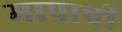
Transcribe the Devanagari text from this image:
मापाची